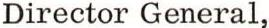
Director General,